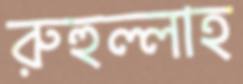
রুহুল্লাহ